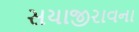
સયાજીરાવના